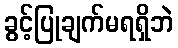
ခွင့်ပြုချက်မရရှိဘဲ